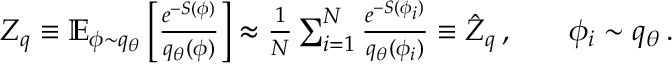
\begin{array} { r l r } { Z _ { q } \equiv \mathbb { E } _ { \phi \sim q _ { \theta } } \left[ \frac { e ^ { - S ( \phi ) } } { q _ { \theta } ( \phi ) } \right] \approx \frac { 1 } { N } \sum _ { i = 1 } ^ { N } \frac { e ^ { - S ( \phi _ { i } ) } } { q _ { \theta } ( \phi _ { i } ) } \equiv \hat { Z } _ { q } \, , } & { { } } & { \phi _ { i } \sim q _ { \theta } \, . } \end{array}